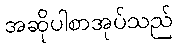
အဆိုပါစာအုပ်သည်